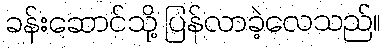
ခန်းဆောင်သို့ ပြန်လာခဲ့လေသည်။